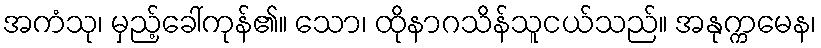
အကံသု၊ မှည့်ခေါ်ကုန်၏။ သော၊ ထိုနာဂသိန်သူငယ်သည်။ အနုက္ကမေန၊